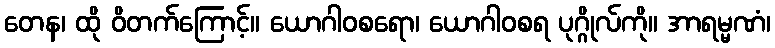
တေန၊ ထို ဝိတက်ကြောင့်။ ယောဂါဝစရော၊ ယောဂါဝစရ ပုဂ္ဂိုလ်ကို။ အာရမ္မဏံ၊